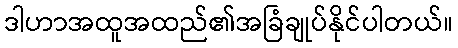
ဒါဟာအထူအထည်၏အခြံချုပ်နိုင်ပါတယ်။